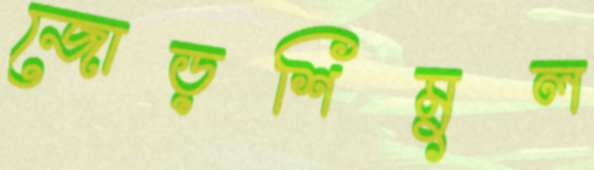
জোড়শিমুল